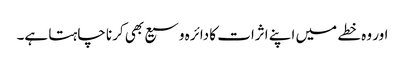
اور وہ خطے میں اپنے اثرات کا دائرہ وسیع بھی کرنا چاہتا ہے۔